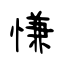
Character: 慊